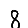
Digit: 8